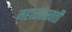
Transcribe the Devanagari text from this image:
महासरस्‍वती